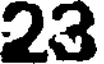
23